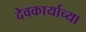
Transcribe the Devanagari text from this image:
देवकार्याच्या